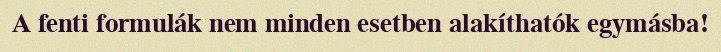
A fenti formulák nem minden esetben alakíthatók egymásba!